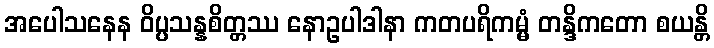
အပေါသနေန ဝိပ္ပသန္နစိတ္တဿ နောဥပါဒါနာ ကတပရိကမ္မံ တန္ဒိကတော စယန္တိ